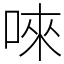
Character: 唻